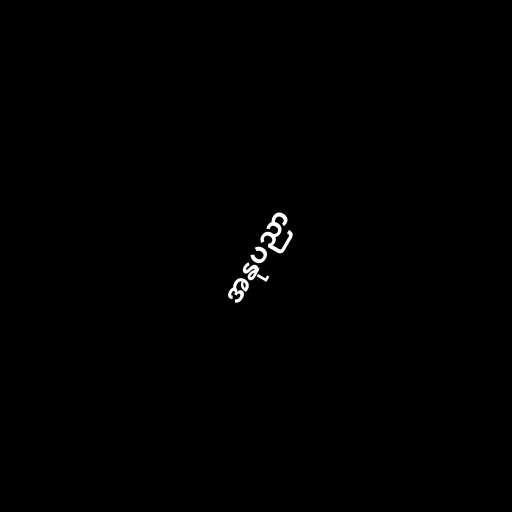
အနုပညာ